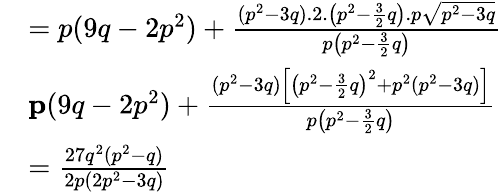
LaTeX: \begin{array}{rl}&{=p(9q-2p^{2})+\frac{(p^{2}-3q).2.\left(p^{2}-\frac{3}{2}q\right).p\sqrt{p^{2}-3q}}{p\left(p^{2}-\frac{3}{2}q\right)}}\\ &{\le p(9q-2p^{2})+\frac{(p^{2}-3q)\left[\left(p^{2}-\frac{3}{2}q\right)^{2}+p^{2}(p^{2}-3q)\right]}{p\left(p^{2}-\frac{3}{2}q\right)}}\\ &{=\frac{27q^{2}(p^{2}-q)}{2p(2p^{2}-3q)}}\end{array}